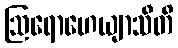
ဩရောဟေယျာသီတိ